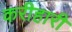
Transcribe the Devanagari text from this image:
करीहारी